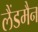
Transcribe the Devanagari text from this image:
लैंडमैन